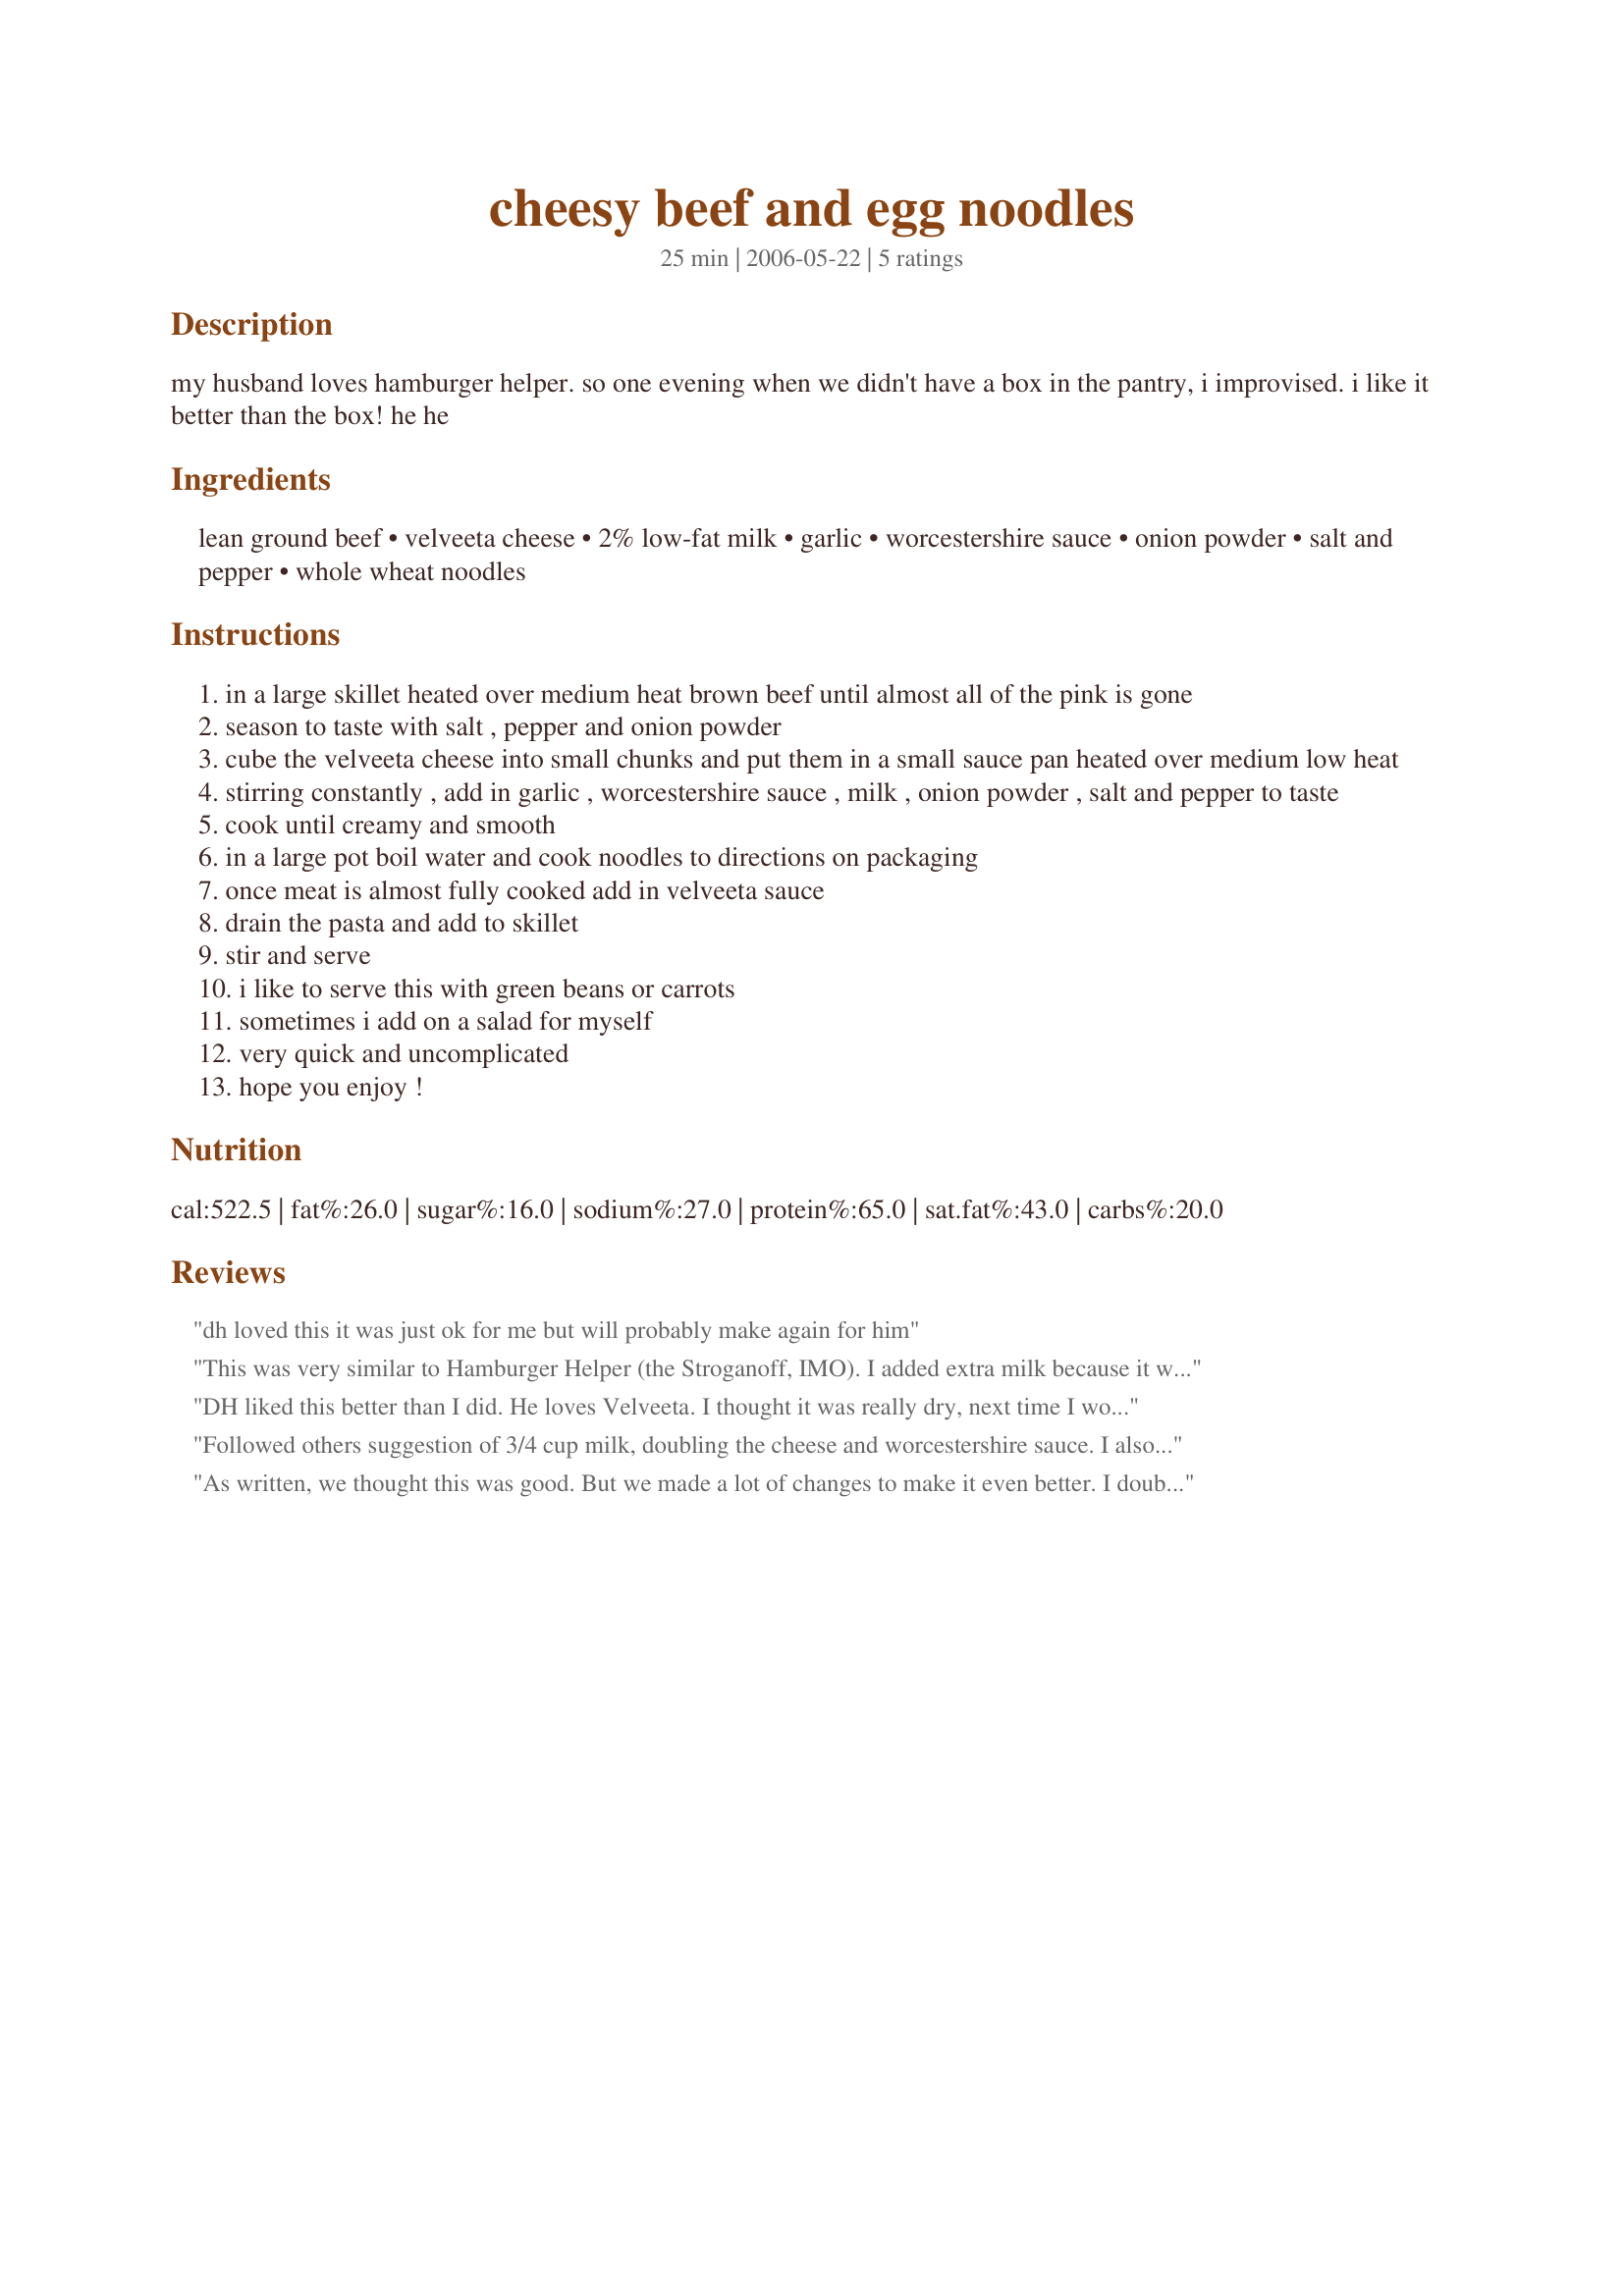
cheesy beef and egg noodles
Preparation time: 25 minutes

my husband loves hamburger helper. so one evening when we didn't have a box in the pantry, i improvised. i like it better than the box! he he

Ingredients:
lean ground beef, velveeta cheese, 2% low-fat milk, garlic, worcestershire sauce, onion powder, salt and pepper, whole wheat noodles

Steps:
in a large skillet heated over medium heat brown beef until almost all of the pink is gone
season to taste with salt , pepper and onion powder
cube the velveeta cheese into small chunks and put them in a small sauce pan heated over medium low heat
stirring constantly , add in garlic , worcestershire sauce , milk , onion powder , salt and pepper to taste
cook until creamy and smooth
in a large pot boil water and cook noodles to directions on packaging
once meat is almost fully cooked add in velveeta sauce
drain the pasta and add to skillet
stir and serve
i like to serve this with green beans or carrots
sometimes i add on a salad for myself
very quick and uncomplicated
hope you enjoy !

Reviews:
dh loved this it was just ok for me but will probably make again for him
This was very similar to Hamburger Helper (the Stroganoff, IMO). I added extra milk because it was a bit dry. I used fresh minced onion and regular egg noodles. The whole family loved it. Thanx for sharing; I'll make this again.
DH liked this better than I did. He loves Velveeta. I thought it was really dry, next time I would add more cheese and more milk. I also added more worcestershire sauce. Might try making again.
Followed others suggestion of 3/4 cup milk, doubling the cheese and worcestershire sauce. I also added a teaspoon of paprika and parsley. A quick meal for a week night.
As written, we thought this was good. But we made a lot of changes to make it even better. I doubled the cheese (used 16 ounces shredded velveeta) and about 3/4 cup milk because I thought the original recipe was dry. I then doubled all the other ingredients other then the garlic, noodles and beef. My family then thought the recipe was great. It does taste like Hamburger Helper stroganoff but better. Will make again with the above modifications.
